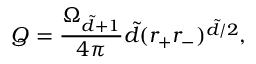
Q = \frac { \Omega _ { \tilde { d } + 1 } } { 4 \pi } \tilde { d } ( r _ { + } r _ { - } ) ^ { \tilde { d } / 2 } ,